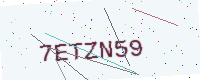
Text: 7ETZN59